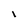
Character: I